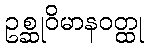
ဥစ္ဆုဝိမာနဝတ္ထု